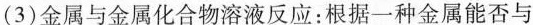
(3)金属与金属化合物溶液反应：根据一种金属能否与